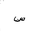
Letter: _sin